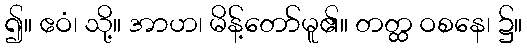
၍။ ဧဝံ၊ သို့။ အာဟ၊ မိန့်တော်မူ၏။ တတ္ထ ဝစနေ၊ ၌။